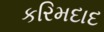
કરિમદાદ